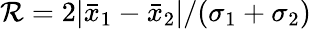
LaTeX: \mathcal{R}=2|\bar{{x}}_{1}-\bar{{x}}_{2}|/(\sigma_{1}+\sigma_{2})